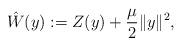
LaTeX: \begin{align*} \hat{W}(y) := Z(y) + \frac{\mu}{2} \|y\|^2,\end{align*}